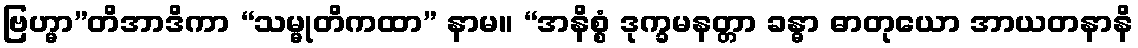
ဗြဟ္မာ”တိအာဒိကာ “သမ္မုတိကထာ” နာမ။ “အနိစ္စံ ဒုက္ခမနတ္တာ ခန္ဓာ ဓာတုယော အာယတနာနိ